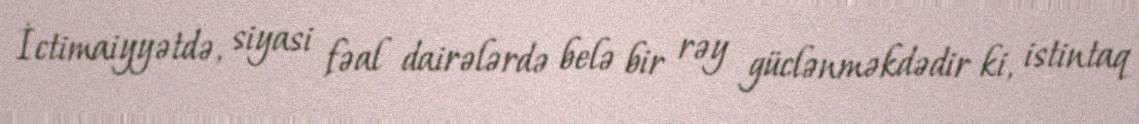
İctimaiyyətdə, siyasi fəal dairələrdə belə bir rəy güclənməkdədir ki, istintaq